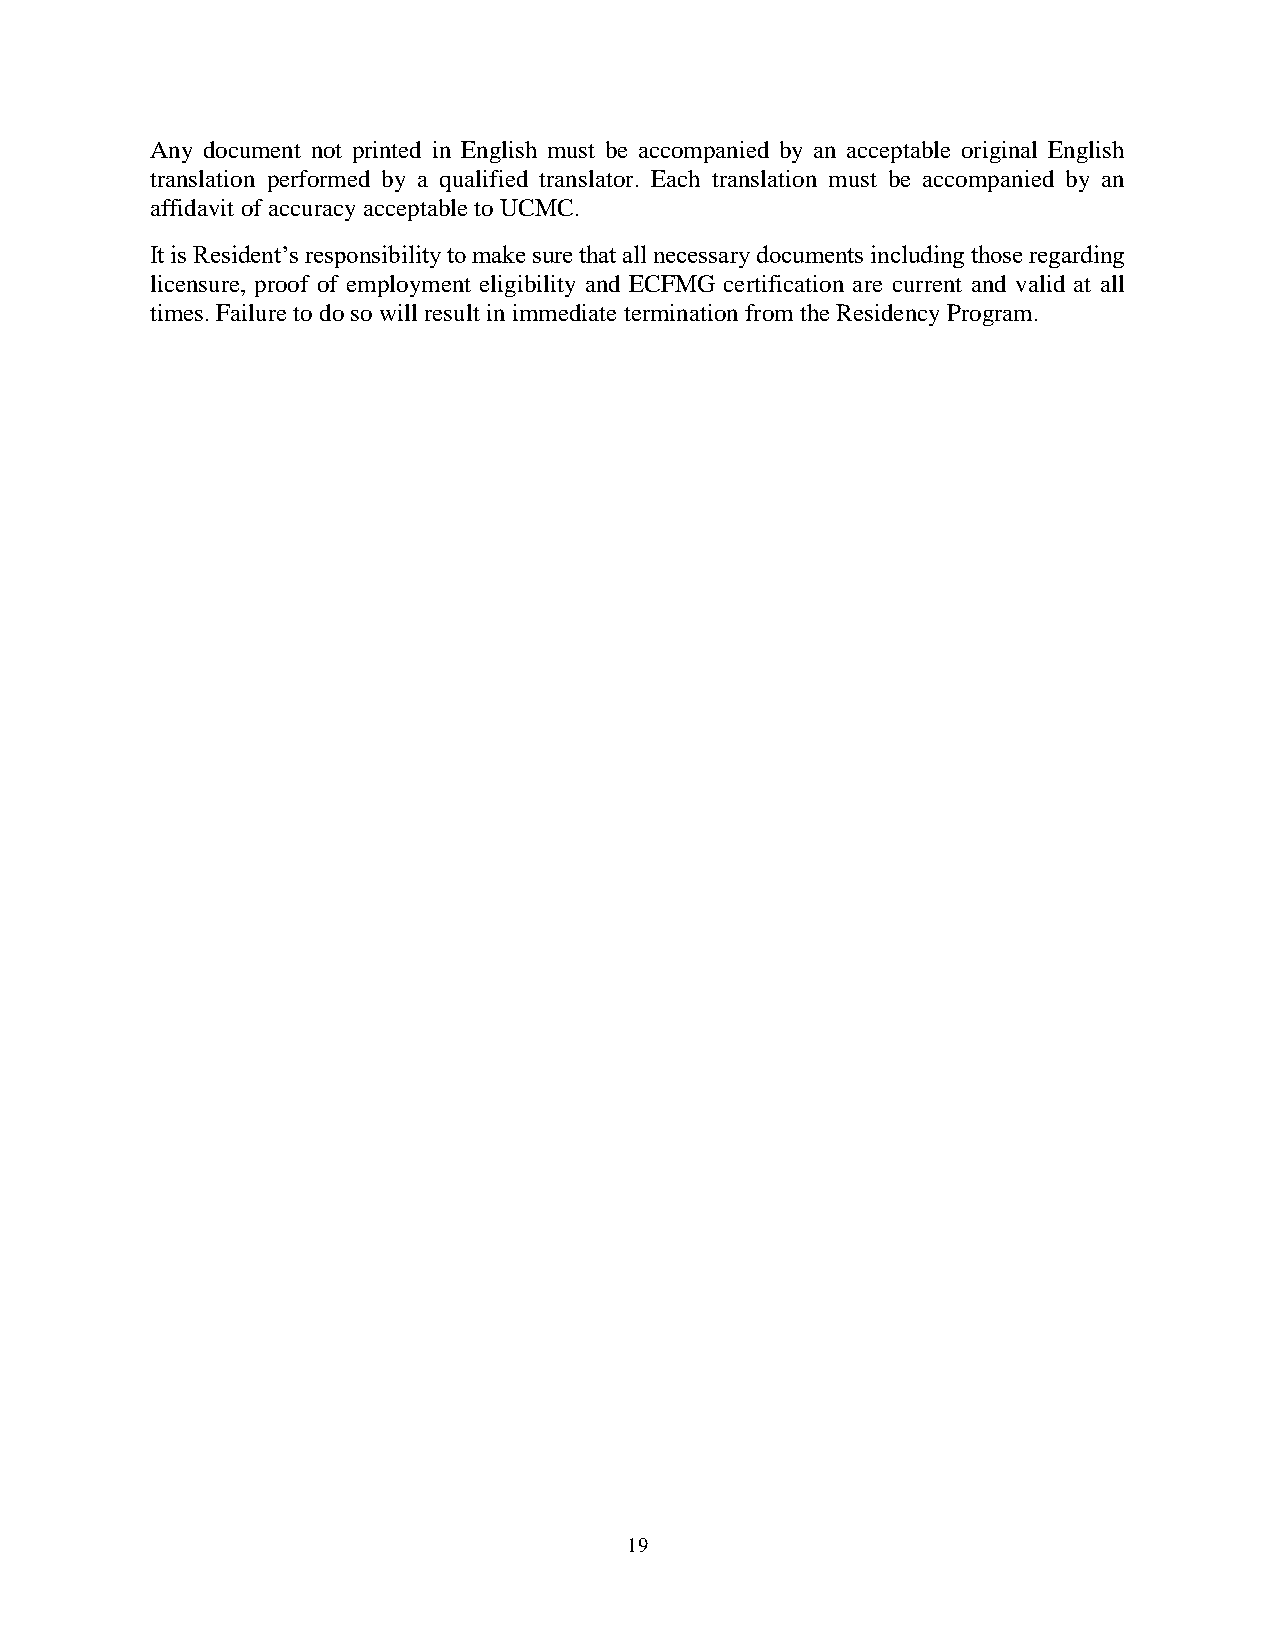
Any document not printed in English must be accompanied by an acceptable original English
 translation performed by a qualified translator. Each translation must be accompanied by an
 affidavit of accuracy acceptable to UCMC.
 It is Resident’s responsibility to make sure that all necessary documents including those regarding
 licensure, proof of employment eligibility and ECFMG certification are current and valid at all
 times. Failure to do so will result in immediate termination from the Residency Program.
 19